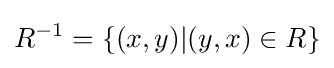
R^{-1}=\{(x,y)|(y,x)\in R\}